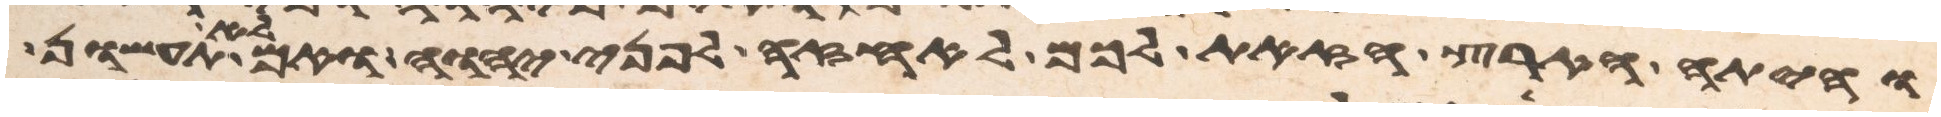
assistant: והיתה הארץ הזאת לכם לאחזה לפני יהוה ואם לא תעשון